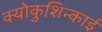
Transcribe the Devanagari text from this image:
क्योकुशिन्काई